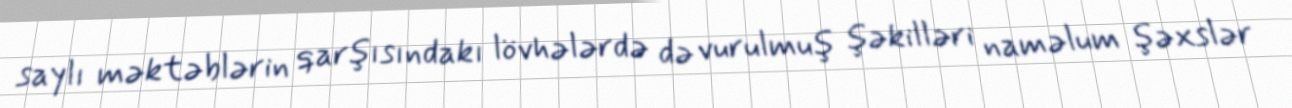
saylı məktəblərin qarşısındakı lövhələrdə də vurulmuş şəkilləri naməlum şəxslər